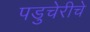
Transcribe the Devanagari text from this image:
पडुचेरीचे